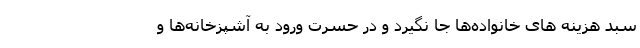
سبد هزینه های خانواده‌ها جا نگیرد و در حسرت ورود به آشپزخانه‌ها و